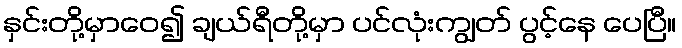
နှင်းတို့မှာဝေ၍ ချယ်ရီတို့မှာ ပင်လုံးကျွတ် ပွင့်နေ ပေပြီ။